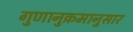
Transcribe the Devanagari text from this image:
गुणानुक्रमानुसार